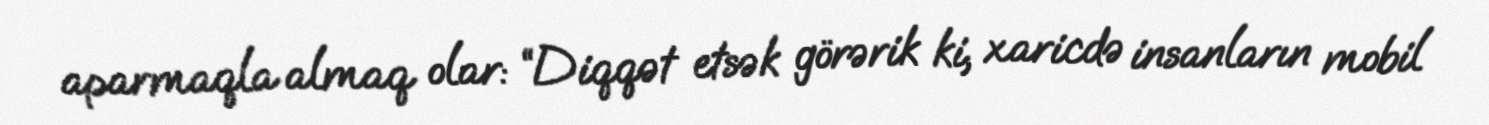
aparmaqla almaq olar: “Diqqət etsək görərik ki, xaricdə insanların mobil